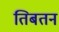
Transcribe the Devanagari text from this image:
तिबतन